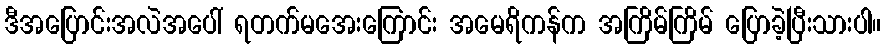
ဒီအပြောင်းအလဲအပေါ် ရတက်မအေးကြောင်း အမေရိကန်က အကြိမ်ကြိမ် ပြောခဲ့ပြီးသားပါ။